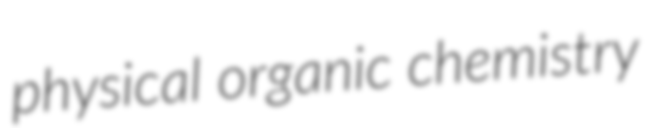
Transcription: physical organic chemistry